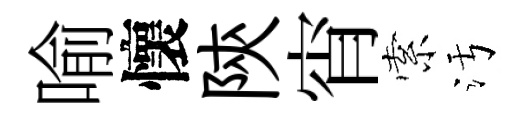
喻懷陝宵索污